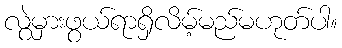
လွဲမှားဖွယ်ရာရှိလိမ့်မည်မဟုတ်ပါ။